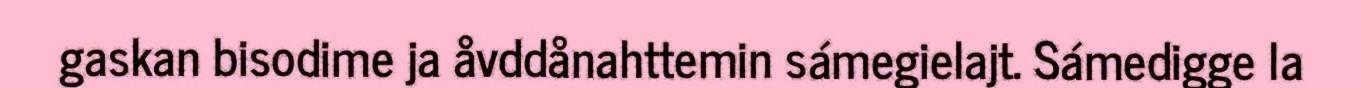
gaskan bisodime ja åvddånahttemin sámegielajt. Sámedigge la